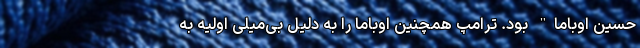
حسین اوباما" بود. ترامپ همچنین اوباما را به دلیل بی‌میلی اولیه به